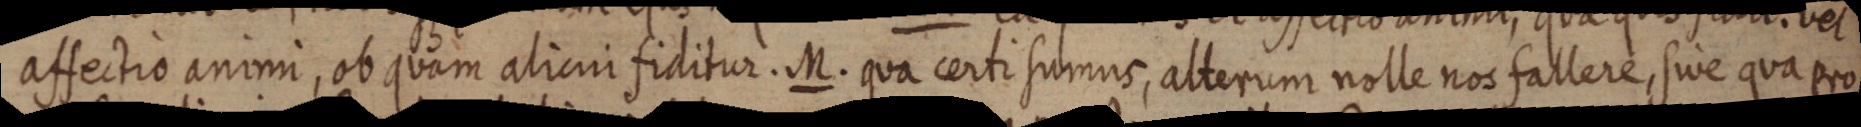
affectio animi, ob quam alicui fiditur. M. qua certi sumus, alterum nolle nos fallere, sive qua pro